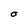
Character: O